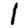
Digit: 1